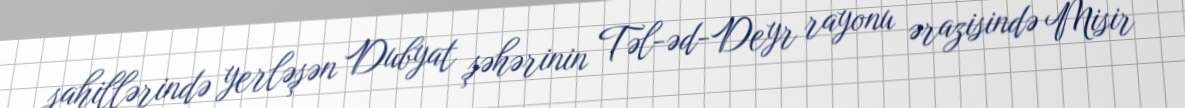
sahillərində yerləşən Dubyat şəhərinin Təl-əd-Deyr rayonu ərazisində Misir